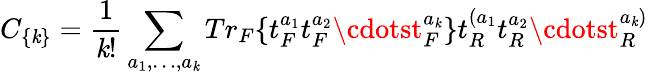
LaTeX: C_{\{ \mathit{k}\} }={\frac{{1}}{{\mathit{k}!}}}\sum_{a_{1},\dots,a_{\mathit{k}}}Tr_{F}\{ t_{F}^{a_{1}}t_{F}^{a_{2}}\cdotst_{F}^{a_{\mathit{k}}}\} t_{R}^{(a_{1}}t_{R}^{a_{2}}\cdotst_{R}^{a_{\mathit{k}})}